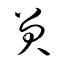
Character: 笑